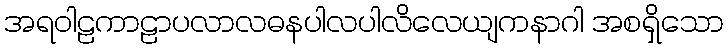
အရဝါဠကာဠာပလာလဓနပါလပါလိလေယျကနာဂါ အစရှိသော